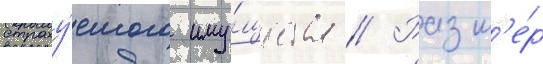
страху́емого иму́щества // Разм'е́р